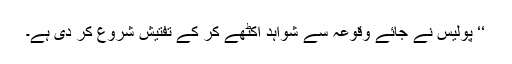
‘‘ پولیس نے جائے وقوعہ سے شواہد اکٹھے کر کے تفتیش شروع کر دی ہے۔